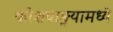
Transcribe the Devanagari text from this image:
कोशवाङ्मयामध्ये